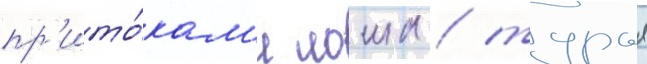
пр'ито́кам'и лоша / турья